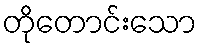
တိုတောင်းသော